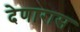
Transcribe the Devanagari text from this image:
देणारास